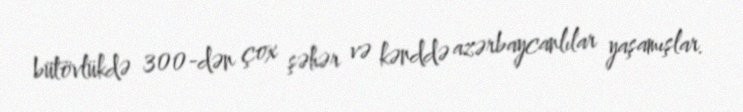
bütövlükdə 300-dən çox şəhər və kənddə azərbaycanlılar yaşamışlar.